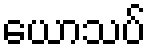
ယောသပ်